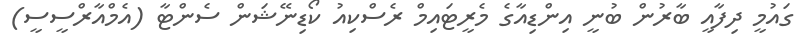
ގައުމީ ދިފާއީ ބާރުން ބުނީ އިންޑިއާގެ މެރީޓައިމް ރެސްކިއު ކޯޑިނޭޝަން ސެންޓާ (އެމްއާރްސީސީ)